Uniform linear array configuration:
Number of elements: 32
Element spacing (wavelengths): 0.25
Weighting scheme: hann
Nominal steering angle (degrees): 30
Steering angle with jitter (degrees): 31.836
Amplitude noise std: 0.05
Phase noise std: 0.05

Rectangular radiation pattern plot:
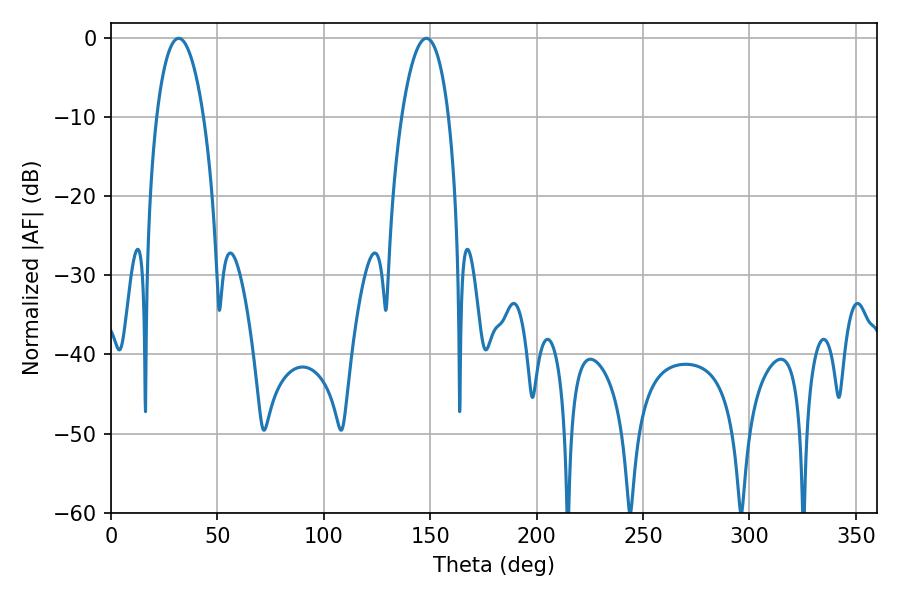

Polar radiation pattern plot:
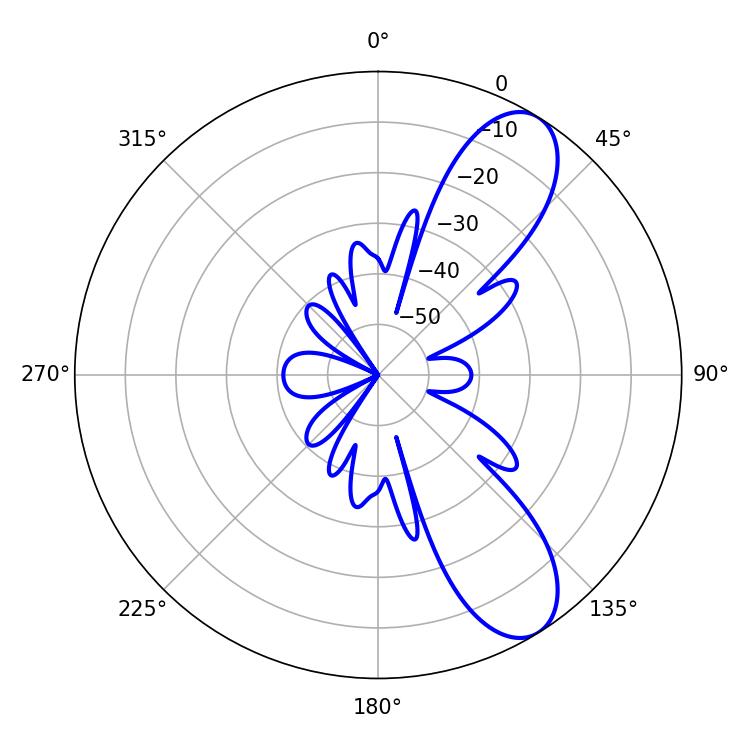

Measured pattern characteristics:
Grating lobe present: FALSE
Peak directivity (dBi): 9.153
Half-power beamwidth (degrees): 12.42
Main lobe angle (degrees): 31.86